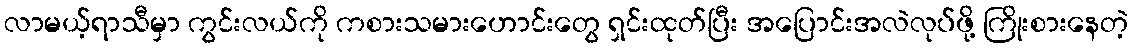
လာမယ့်ရာသီမှာ ကွင်းလယ်ကို ကစားသမားဟောင်းတွေ ရှင်းထုတ်ပြီး အပြောင်းအလဲလုပ်ဖို့ ကြိုးစားနေတဲ့